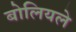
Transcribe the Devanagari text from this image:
बोलियले